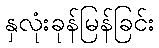
နှလုံးခုန်မြန်ခြင်း